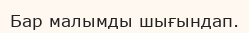
Бар малымды шығындап.